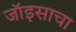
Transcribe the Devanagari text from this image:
जॉइसाचा